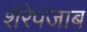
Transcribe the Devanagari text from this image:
शेरेपंजाब